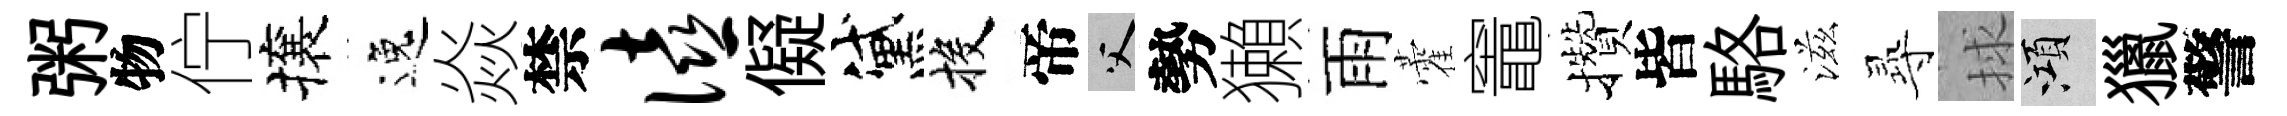
粥物佇攘逸焱禁僖儗黛投帝父勢獺雨藿竈攢皆駱滋𡬶捄澒獵警